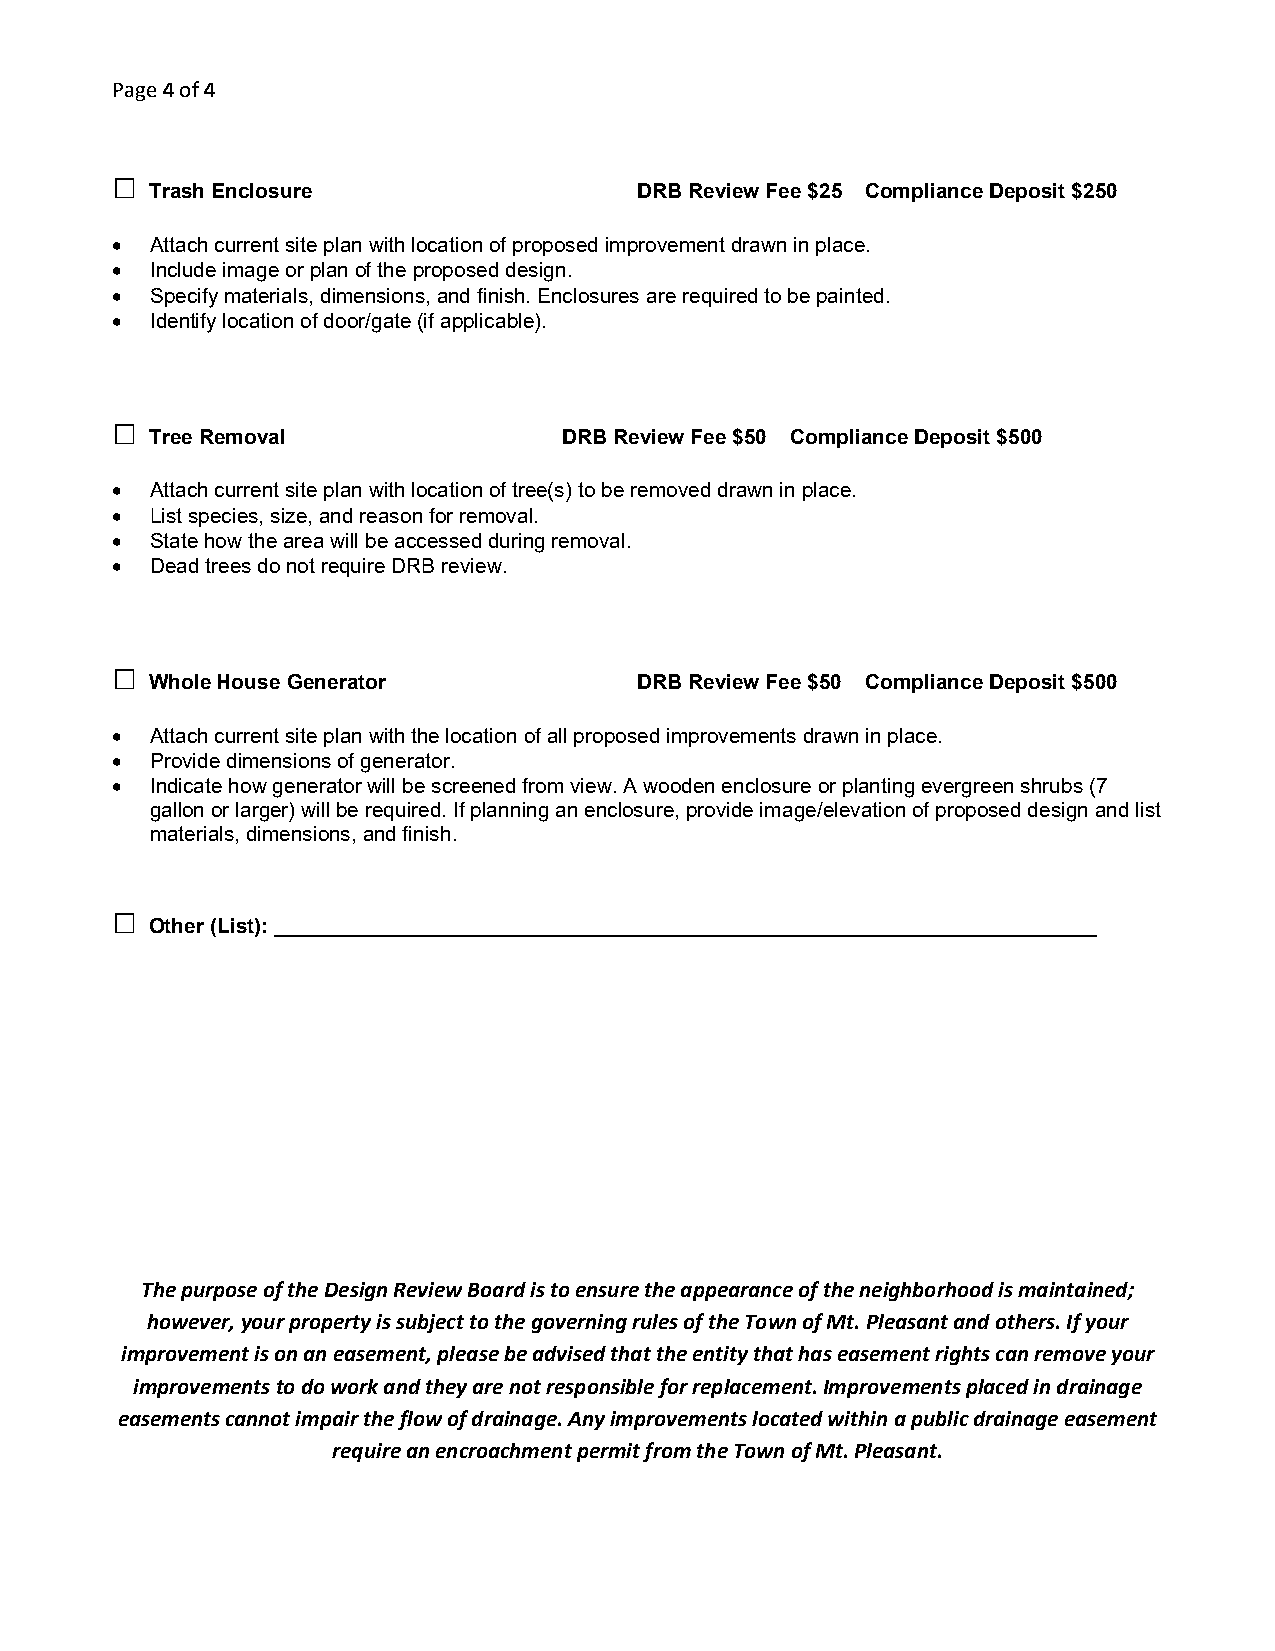
Page 4 of 4
 □
 Trash Enclosure                 DRB Review Fee $25 Compliance Deposit $250
 •  Attach current site plan with location of proposed improvement drawn in place.
 •  Include image or plan of the proposed design.
 •  Specify materials, dimensions, and finish. Enclosures are required to be painted.
 •  Identify location of door/gate (if applicable).
 □
 Tree Removal               DRB Review Fee $50 Compliance Deposit $500
 •  Attach current site plan with location of tree(s) to be removed drawn in place.
 •  List species, size, and reason for removal.
 •  State how the area will be accessed during removal.
 •  Dead trees do not require DRB review.
 □
 Whole House Generator           DRB Review Fee $50 Compliance Deposit $500
 •  Attach current site plan with the location of all proposed improvements drawn in place.
 •  Provide dimensions of generator.
 •  Indicate how generator will be screened from view. A wooden enclosure or planting evergreen shrubs (7
 gallon or larger) will be required. If planning an enclosure, provide image/elevation of proposed design and list
 materials, dimensions, and finish.
 □
 Other (List): _______________________________________________________________________
 The purpose of the Design Review Board is to ensure the appearance of the neighborhood is maintained;
 however, your property is subject to the governing rules of the Town of Mt. Pleasant and others. If your
 improvement is on an easement, please be advised that the entity that has easement rights can remove your
 improvements to do work and they are not responsible for replacement. Improvements placed in drainage
 easements cannot impair the flow of drainage. Any improvements located within a public drainage easement
 require an encroachment permit from the Town of Mt. Pleasant.